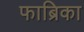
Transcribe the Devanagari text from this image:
फाब्रिका